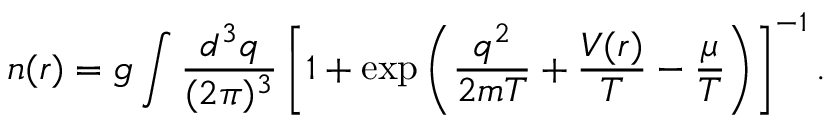
n ( r ) = g \int \frac { d ^ { 3 } q } { ( 2 \pi ) ^ { 3 } } \left[ 1 + \exp \left( \frac { q ^ { 2 } } { 2 m T } + \frac { V ( r ) } { T } - \frac { \mu } { T } \right) \right] ^ { - 1 } .